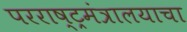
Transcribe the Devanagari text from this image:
परराष्ट्रमंत्रालयाचा